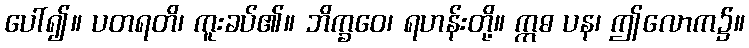
ပေါ်၍။ ပတရတိ၊ ကူးခပ်၏။ ဘိက္ခဝေ၊ ရဟန်းတို့။ ဣဓ ပန၊ ဤလောက၌။